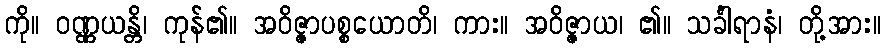
ကို။ ဝဏ္ဏယန္တိ၊ ကုန်၏။ အဝိဇ္ဇာပစ္စယောတိ၊ ကား။ အဝိဇ္ဇာယ၊ ၏။ သင်္ခါရာနံ၊ တို့အား။